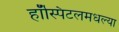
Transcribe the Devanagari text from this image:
हॉस्पिटलमधल्या